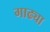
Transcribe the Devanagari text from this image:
गाढ्या